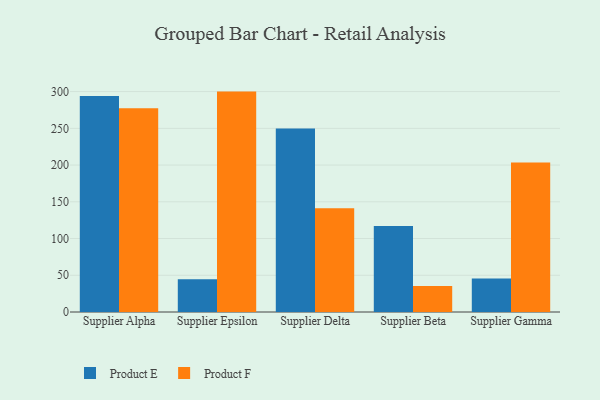
{"axis": {"x": "Supplier", "y": "Satisfaction Score"}, "legend": ["Product E", "Product F"], "data": [{"x": "Supplier Alpha", "y": 294.0, "type": "Product E"}, {"x": "Supplier Alpha", "y": 277.2, "type": "Product F"}, {"x": "Supplier Epsilon", "y": 44.6, "type": "Product E"}, {"x": "Supplier Epsilon", "y": 300.0, "type": "Product F"}, {"x": "Supplier Delta", "y": 249.9, "type": "Product E"}, {"x": "Supplier Delta", "y": 141.2, "type": "Product F"}, {"x": "Supplier Beta", "y": 116.9, "type": "Product E"}, {"x": "Supplier Beta", "y": 35.4, "type": "Product F"}, {"x": "Supplier Gamma", "y": 45.7, "type": "Product E"}, {"x": "Supplier Gamma", "y": 203.4, "type": "Product F"}]}